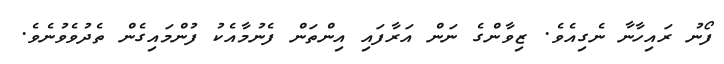
ފޯނު ރައިހާނާ ނެގިއެވެ. ޒިވާންގެ ނަން އަރާފައި އިންތަން ފެނުމާއެކު ފުންމައިގެން ތެދުވެވުނެވެ.